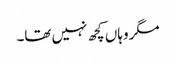
مگر وہاں کچھ نہیں تھا۔